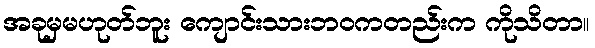
အခုမှမဟုတ်ဘူး ကျောင်းသားဘဝကတည်းက ကိုသိတာ။